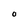
Character: O